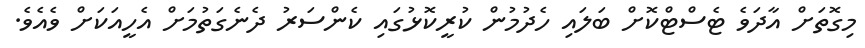
މިގޮތަށް އާދަވެ ޓެސްޓްކޮށް ބަލައި ހެދުމުން ކުރީކޮޅުގައި ކެންސަރު ދެނެގަތުމަށް އެހީއަކަށް ވެއެވެ.